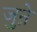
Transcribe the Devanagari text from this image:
जुऩे